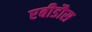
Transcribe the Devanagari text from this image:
एबीडौस